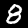
Digit: 8